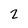
Character: 2